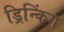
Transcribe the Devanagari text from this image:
ड्रिन्किंग